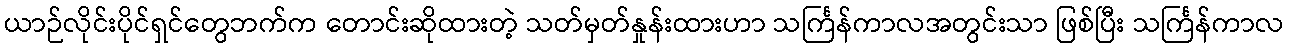
ယာဉ်လိုင်းပိုင်ရှင်တွေဘက်က တောင်းဆိုထားတဲ့ သတ်မှတ်နှုန်းထားဟာ သင်္ကြန်ကာလအတွင်းသာ ဖြစ်ပြီး သင်္ကြန်ကာလ